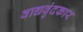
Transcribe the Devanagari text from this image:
वाद्यवृंदकार